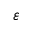
\varepsilon